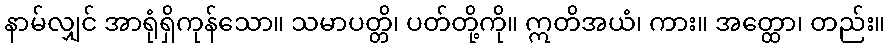
နာမ်လျှင် အာရုံရှိကုန်သော။ သမာပတ္တိ၊ ပတ်တို့ကို။ ဣတိအယံ၊ ကား။ အတ္ထော၊ တည်း။